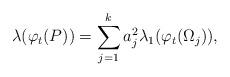
LaTeX: \begin{align*} \lambda(\varphi_t(P)) = \sum_{j=1}^k a_j^2 \lambda_1(\varphi_t(\Omega_j)),\end{align*}